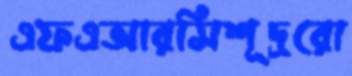
এফএআরসিশূদ্ররো